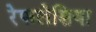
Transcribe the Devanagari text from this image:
रेफलेशिया